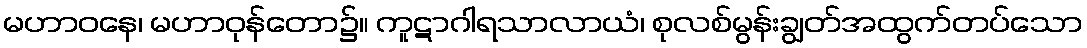
မဟာဝနေ၊ မဟာဝုန်တော၌။ ကူဋာဂါရသာလာယံ၊ စုလစ်မွန်းချွတ်အထွက်တပ်သော